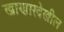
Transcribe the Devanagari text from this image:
खाणारदेखील